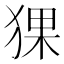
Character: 猓